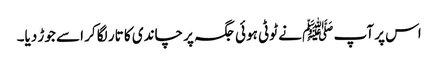
اس پر آپ ﷺ نے ٹوٹی ہوئی جگہ پر چاندی کا تار لگا کر اسے جوڑ دیا۔